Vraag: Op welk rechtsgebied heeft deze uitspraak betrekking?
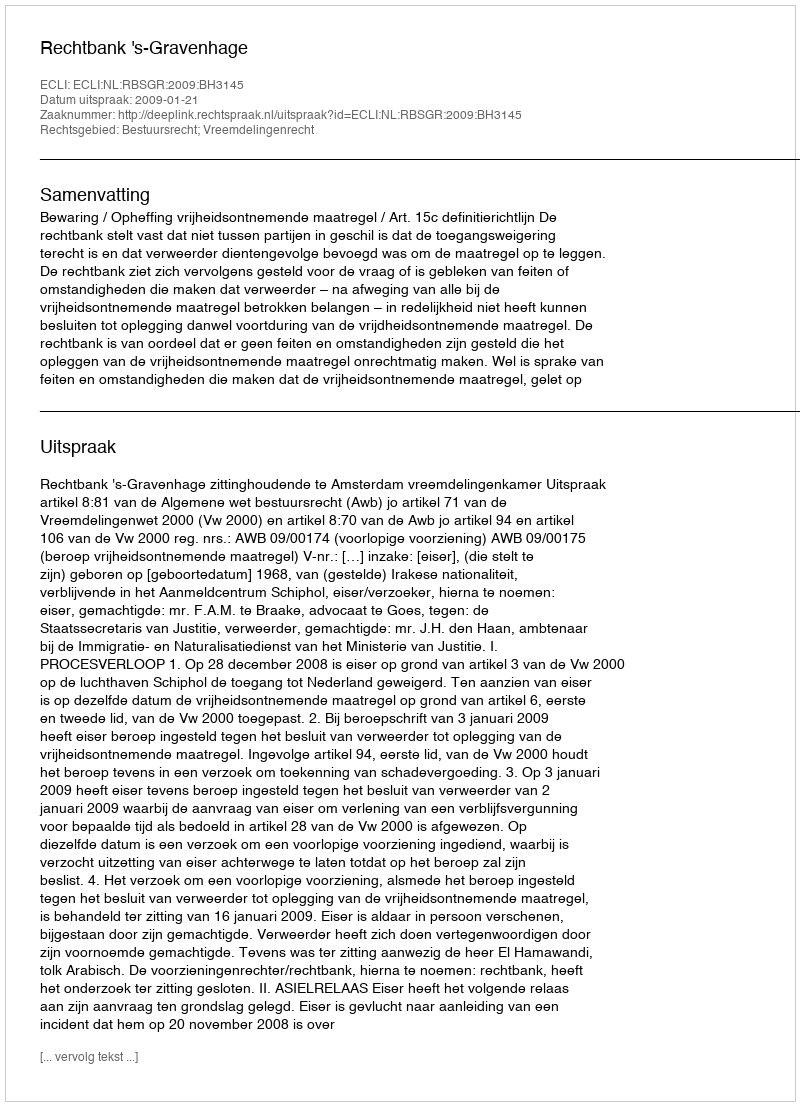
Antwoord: Bestuursrecht; Vreemdelingenrecht